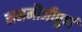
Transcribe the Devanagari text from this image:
मनमौजीपूर्ण